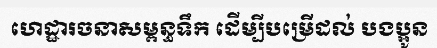
ហេដ្ឋារចនាសម្ពន្ធទឹក ដើម្បីបម្រើដល់ បងប្អូន